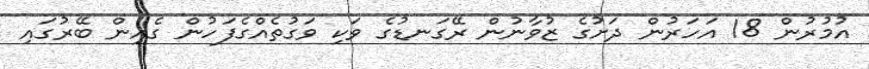
އުމުރުން 18 އަހަރުން ދަށުގެ ޒުވާނުން ރޭގަނޑުގެ ވަކި ވަގުތެއްގެފަހުން ގެއިން ބޭރުގައި